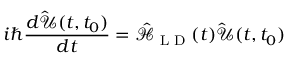
i \hbar \frac { d \hat { \mathcal { U } } ( t , t _ { 0 } ) } { d t } = \mathcal { \hat { H } } _ { \textrm { L D } } ( t ) \hat { \mathcal { U } } ( t , t _ { 0 } )